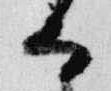
而